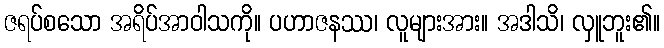
ဇရပ်စသော အရိပ်အာဝါသကို။ ပဟာဇနဿ၊ လူများအား။ အဒါသိ၊ လှူဘူး၏။